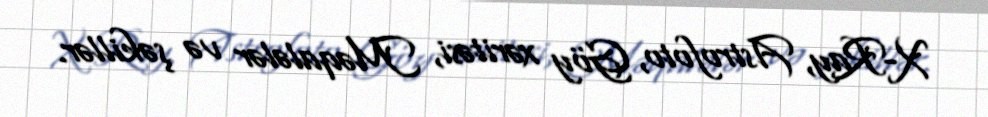
X-Ray, Astrofoto, Göy xəritəsi, Məqalələr və şəkillər.